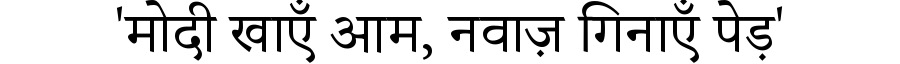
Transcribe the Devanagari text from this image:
'मोदी खाएँ आम, नवाज़ गिनाएँ पेड़'